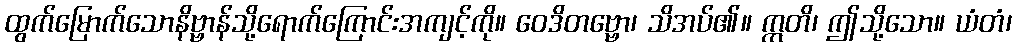
ထွက်မြောက်သောနိဗ္ဗာန်သို့ရောက်ကြောင်းအကျင့်ကို။ ဝေဒိတဗ္ဗော၊ သိအပ်၏။ ဣတိ၊ ဤသို့သော။ ယံတံ၊